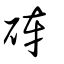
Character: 硨